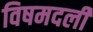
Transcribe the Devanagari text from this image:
विषमदली